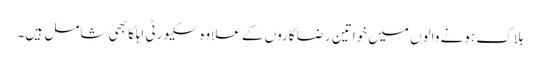
ہلاک ہونے والوں میں خواتین رضاکاروں کے علاوہ سکیورٹی اہلکا بھی شامل ہیں۔